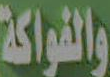
والفواكة